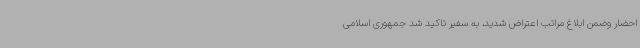
احضار وضمن ابلاغ مراتب اعتراض شدید، به سفیر تاکید شد جمهوری اسلامی